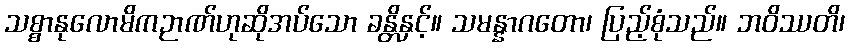
သစ္စာနုလောမိကဉာဏ်ဟုဆိုအပ်သော ခန္တိနှင့်။ သမန္နာဂတော၊ ပြည့်စုံသည်။ ဘဝိဿတိ၊